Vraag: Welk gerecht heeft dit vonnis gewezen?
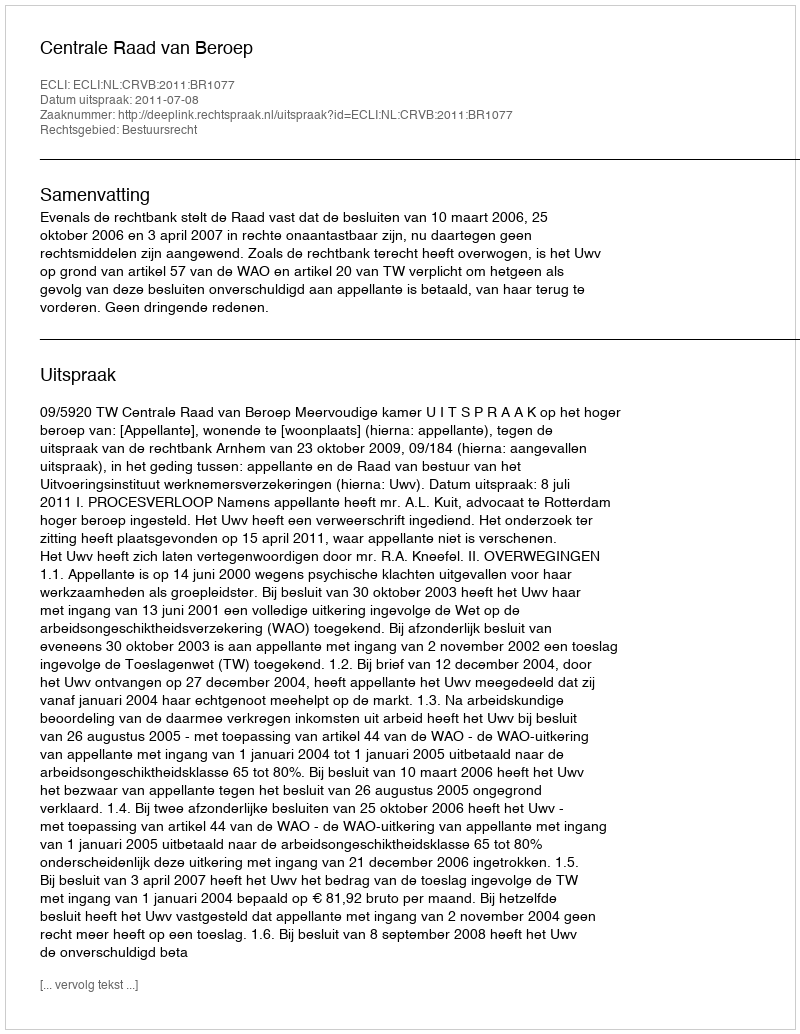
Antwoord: Centrale Raad van Beroep